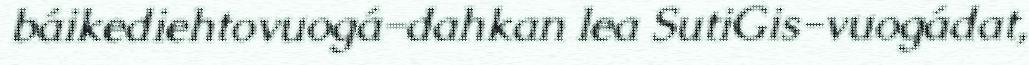
báikediehtovuogá-dahkan lea SutiGis-vuogádat,